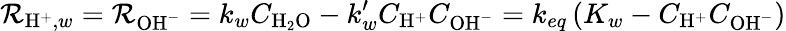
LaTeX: \mathcal{R}_{\mathrm{{H}}^{+},w}=\mathcal{R}_{\mathrm{{OH}}^{-}}=k_{w}C_{\mathrm{{H}}_{2}\mathrm{{O}}}-k_{w}^{\prime}C_{\mathrm{{H}}^{+}}C_{\mathrm{{OH}}^{-}}=k_{eq}\left(K_{w}-C_{\mathrm{{H}}^{+}}C_{\mathrm{{OH}}^{-}}\right)